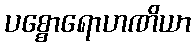
ပစ္စောရောဟဏိယာ